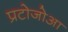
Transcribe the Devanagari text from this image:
प्रटोजोआ